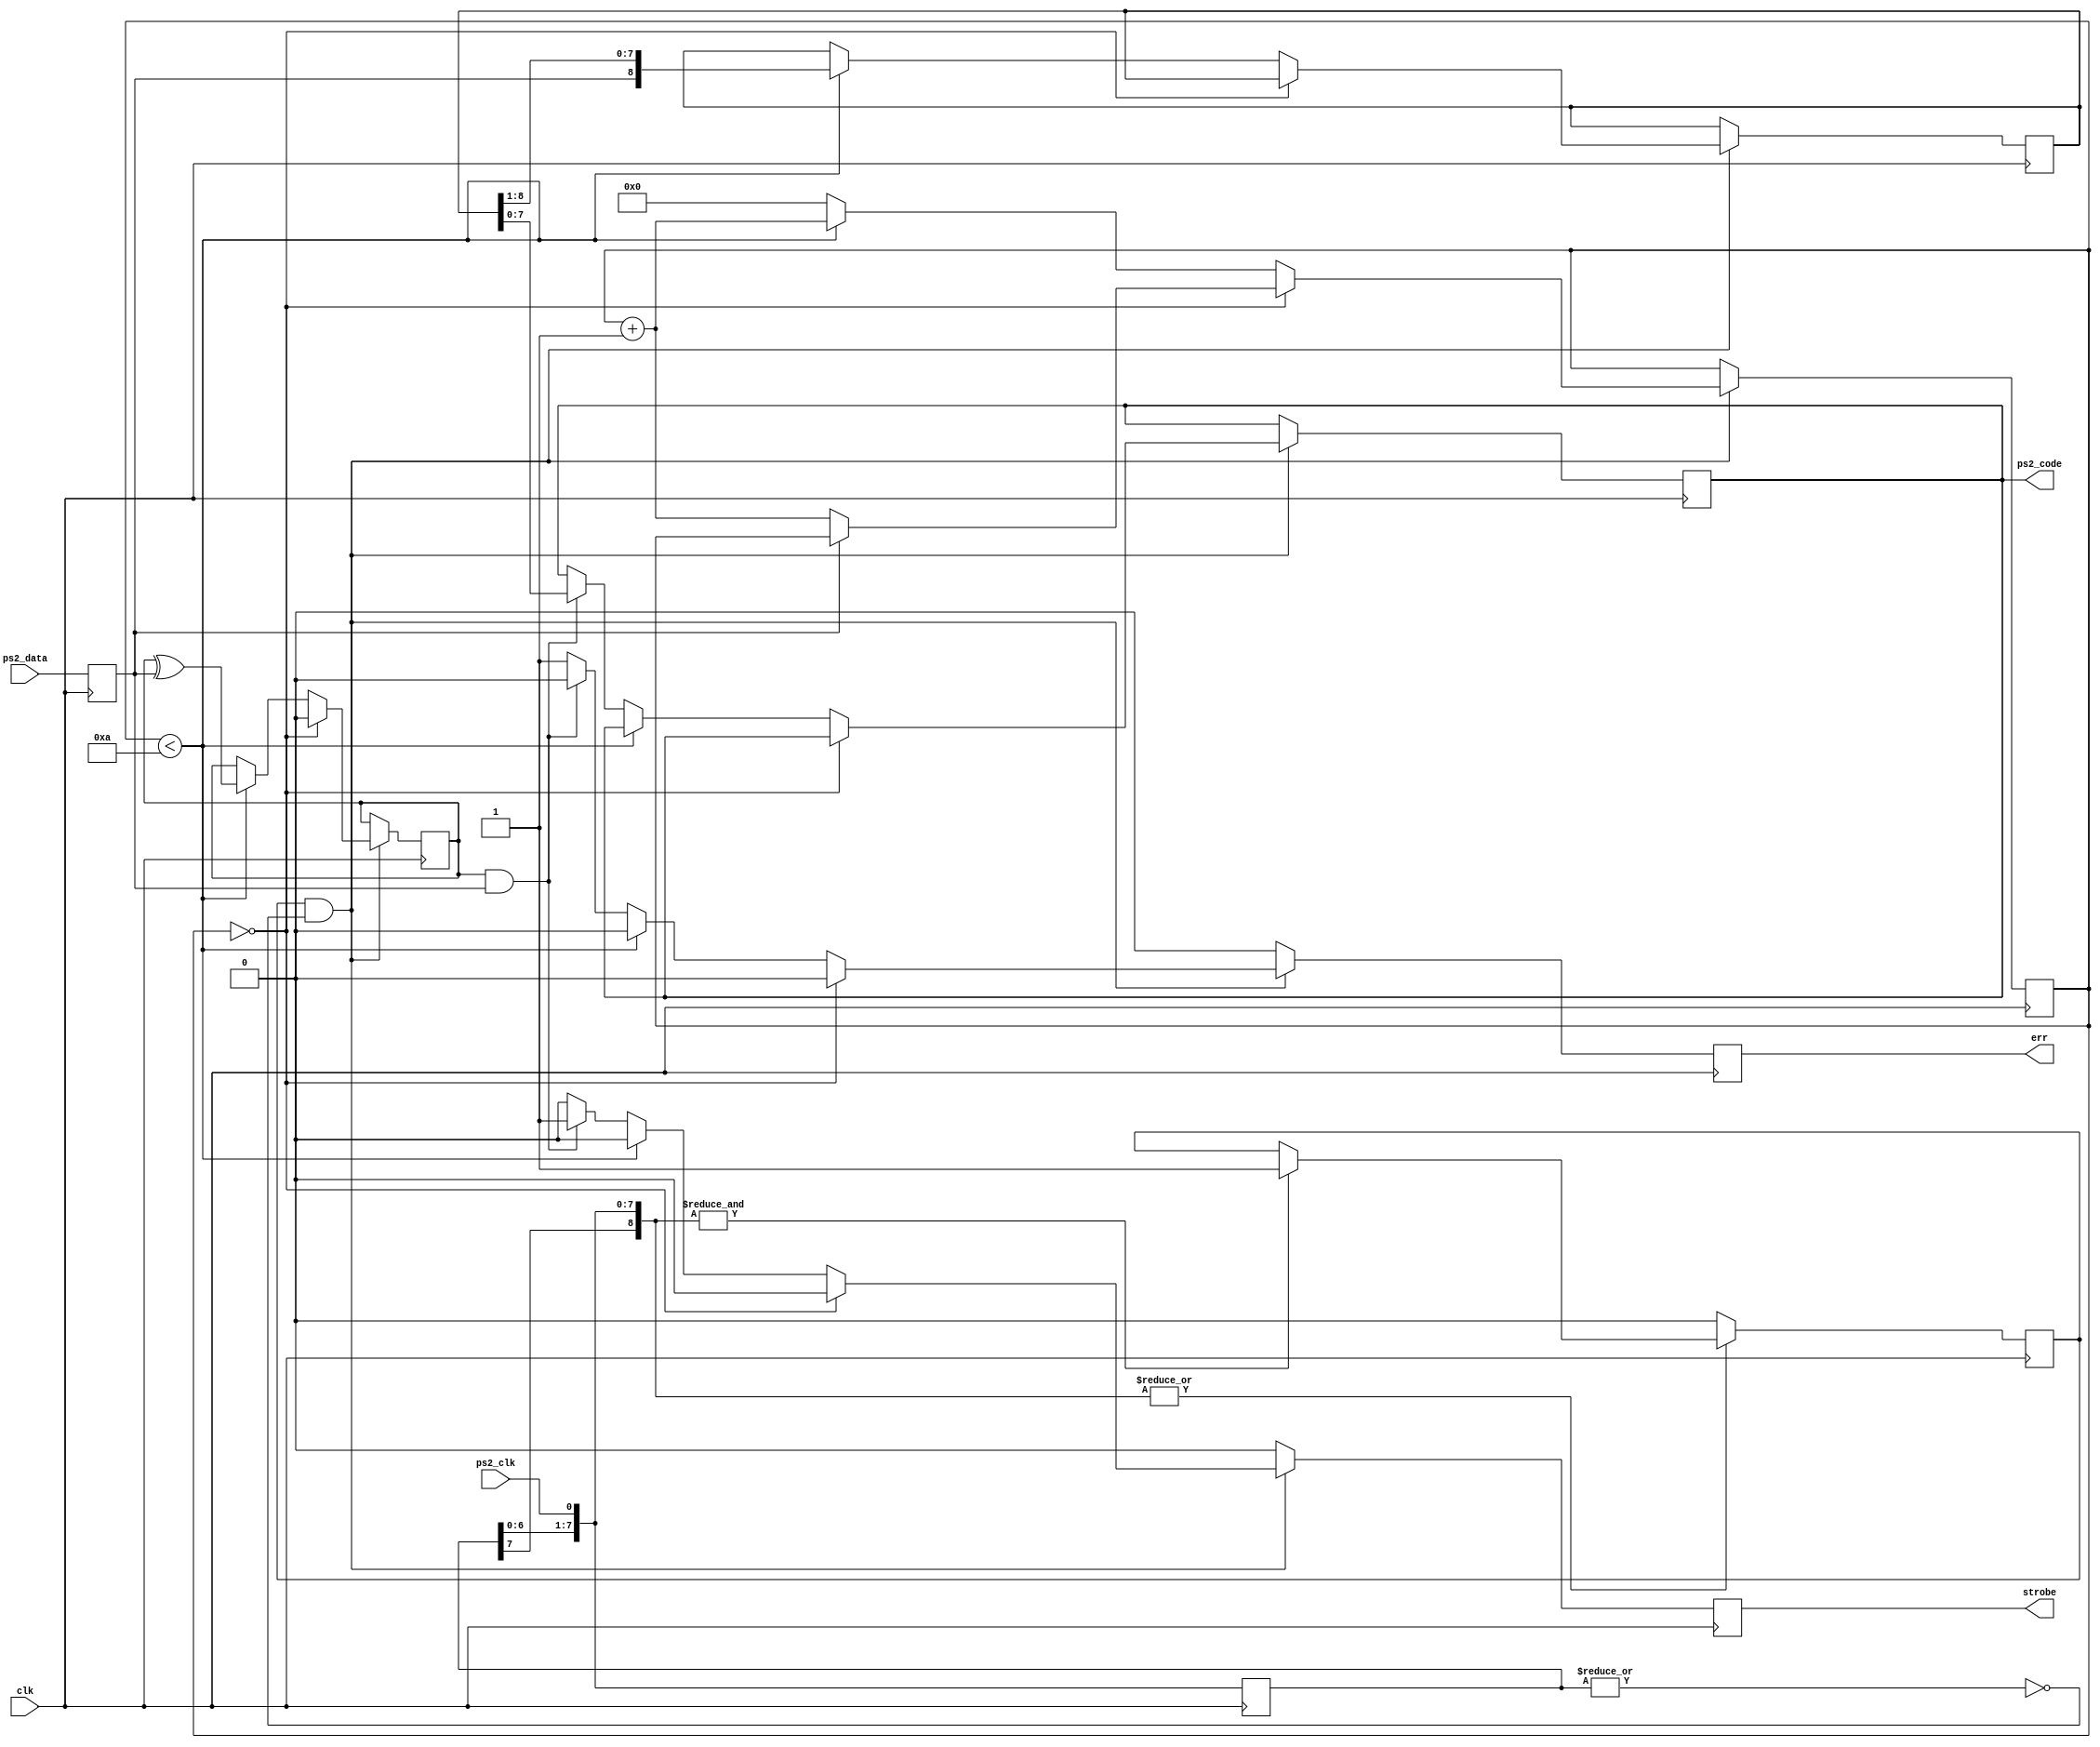
// AUTHOR=Paul Ruiz
// LICENSE=BSD
// PS/2 KBD interface (input only)
// Algorithm based on a VHDL routine by Grant Searle
//
module ps2kbd(
  input wire clk,
  
  input wire ps2_clk,
  input wire ps2_data,
  
  output reg [7:0] ps2_code,
  output reg strobe,
  output reg err
);

  // sync ps2_data
  //
  reg serin;
  always @(posedge clk) serin <= ps2_data;
  
  // sync & 'debounce' ps2_clock
  //
  parameter LEN = 8;
  reg bitclk = 0;
  reg [LEN:0] stable = 0;

  always @(posedge clk)
  begin
    stable = { stable[LEN-1:0], ps2_clk };
    if ( &stable) bitclk <= 1;
    if (~|stable) bitclk <= 0;
  end
  
  wire bitedge = bitclk && (~|stable[LEN-1:0]);
  
  // clock in KBD bits (start - 8 data - odd parity - stop)
  //
  reg [8:0] shift = 0;
  reg [3:0] bitcnt = 0;
  reg parity = 0;

  always @(posedge clk)
  begin
    strobe <= 0; err <= 0;
    if (bitedge) begin
      // wait for start bit
      if (bitcnt==0) begin
        parity <= 0;
        if (!serin) bitcnt <= bitcnt + 1;
        end
      // shift in 9 bits (8 data + parity)
      else if (bitcnt<10) begin
        shift  <= { serin, shift[8:1] };
        parity <= parity ^ serin;
        bitcnt <= bitcnt + 1;
        end
      // check stop bit, parity
      else begin
        bitcnt <= 0;
        if (parity && serin) begin
          ps2_code <= shift[7:0];
          strobe <= 1;
          end
        else
          err <= 1;
      end
    end
  end

endmodule